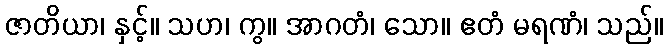
ဇာတိယာ၊ နှင့်။ သဟ၊ ကွ။ အာဂတံ၊ သော။ ဧတံ မရဏံ၊ သည်။